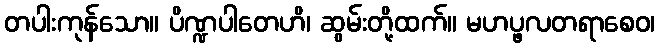
တပါးကုန်သော။ ပိဏ္ဍပါတေဟိ၊ ဆွမ်းတို့ထက်။ မဟပ္ဖလတရာစေဝ၊